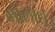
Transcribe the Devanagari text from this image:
गोलार्ध।